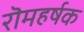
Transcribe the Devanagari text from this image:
रॊमहर्षक